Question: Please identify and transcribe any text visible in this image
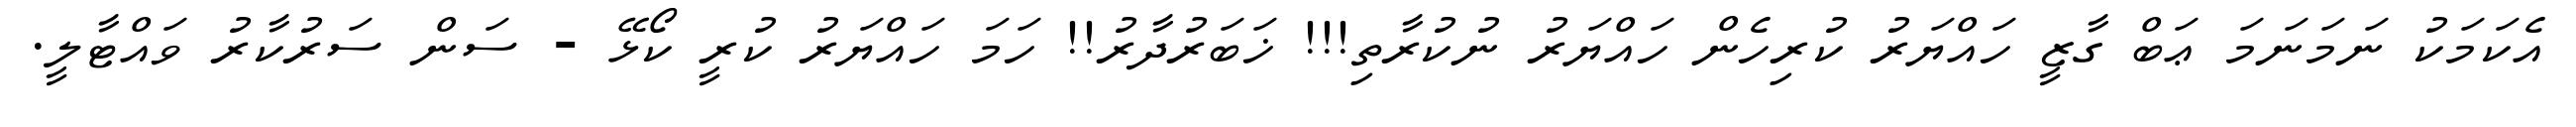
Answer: އެކަމަކު ނަމަނަމަ ޢަބް ގާޒީ ހައްޔަރު ކުރިހެން ހައްޔަރު ނުކުރާތި!!! ޚަބަރުދާރު!! ހަމަ ހައްޔަރު ކުރީ ކޯޅޭ - ސަން ސަރުކާރު ވައްޓާލީ.